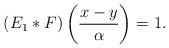
LaTeX: \begin{align*}(E_1*F)\left(\frac{x-y}{\alpha}\right)=1.\end{align*}